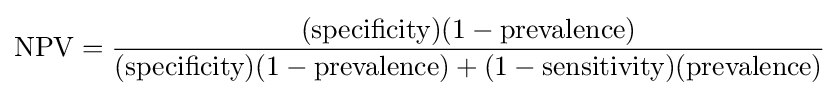
{\text{NPV}}={\frac {({\text{specificity}})(1-{\text{prevalence}})}{({\text{specificity}})(1-{\text{prevalence}})+(1-{\text{sensitivity}})({\text{prevalence}})}}